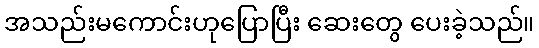
အသည်းမကောင်းဟုပြောပြီး ဆေးတွေ ပေးခဲ့သည်။